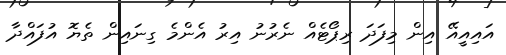
އައިއީއޭ އިން މިފަދަ ރިޕޯޓެއް ނެރުނު އިރު އެންމެ ގިނައިން ތެޔޮ އުފައްދާ